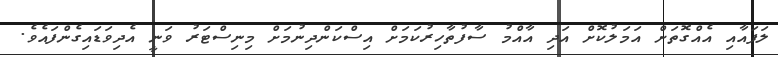
ލަފައާއި އެއްގޮތަށް އަމަލުކޮށް އަދި އާއްމު ސާފުތާހިރުކަމަށް އިސްކަންދިނުމަށް މިނިސްޓަރު ވަނީ އެދިވަޑައިގެންފައެވެ.